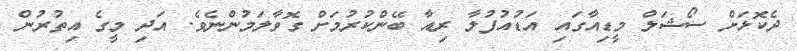
ދެކޮޅަށް ސޯޝަލް މީޑިއާގައި އަޑުއުފުލާ ރިއާ ބޭންކުރުމަށް ގޮވާލަމުންނެވެ. އަދި މީގެ އިތުރުން